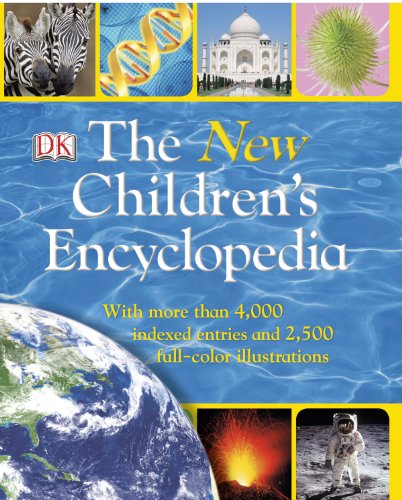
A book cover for The New Children's Encyclopedia; DK Publishing; Reference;